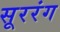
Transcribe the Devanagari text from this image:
सूररंग